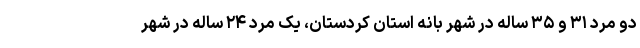
دو مرد ٣١ و ٣۵ ساله در شهر بانه استان کردستان، یک مرد ٢۴ ساله در شهر